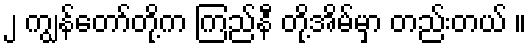
၂ ကျွန်တော်တို့က ကြည်နီ တို့အိမ်မှာ တည်းတယ် ။